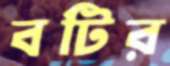
বটির